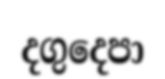
දගුදෙපා